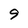
Character: 9